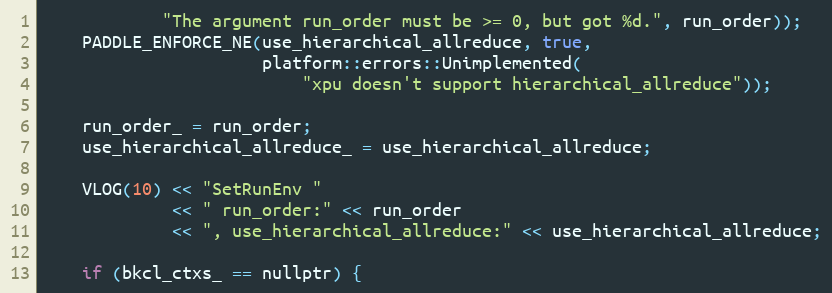
Language: C
            "The argument run_order must be >= 0, but got %d.", run_order));
    PADDLE_ENFORCE_NE(use_hierarchical_allreduce, true,
                      platform::errors::Unimplemented(
                          "xpu doesn't support hierarchical_allreduce"));

    run_order_ = run_order;
    use_hierarchical_allreduce_ = use_hierarchical_allreduce;

    VLOG(10) << "SetRunEnv "
             << " run_order:" << run_order
             << ", use_hierarchical_allreduce:" << use_hierarchical_allreduce;

    if (bkcl_ctxs_ == nullptr) {